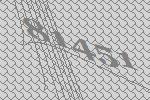
81451